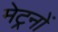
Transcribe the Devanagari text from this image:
मेट्रनों